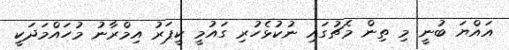
އައްޔަ ބުނީ މި ތިން މެޗުގައި ނުކުޅެހުރި ގައުމީ ކީޕަރު އިމްރާނު މުހައްމަދަކީ